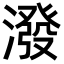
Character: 潑